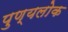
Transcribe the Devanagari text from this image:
पुण्यलोक